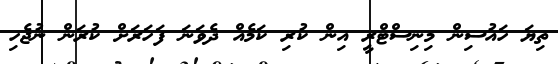
ތިޔަ ހައުސިން މިނިސްޓްރީ އިން ކުރި ކަމެއް ދެވަނަ ފަހަރަށް ކުރަން ނުޖެހި